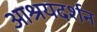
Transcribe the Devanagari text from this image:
आश्रयदर्शन